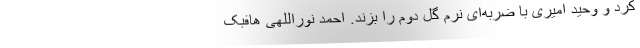
کرد و وحید امیری با ضربه‌ای نرم گل دوم را بزند. احمد نوراللهی هافبک